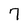
Character: 7